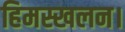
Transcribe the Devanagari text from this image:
हिमस्खलन।